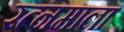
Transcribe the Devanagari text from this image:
रत्‍नमाला